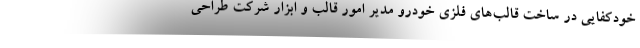
خودکفایی در ساخت قالب‌های فلزی خودرو مدیر امور قالب و ابزار شرکت طراحی